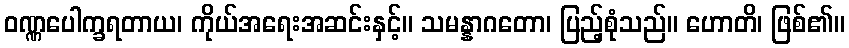
ဝဏ္ဏပေါက္ခရတာယ၊ ကိုယ်အရေးအဆင်းနှင့်။ သမန္နာဂတော၊ ပြည့်စုံသည်။ ဟောတိ၊ ဖြစ်၏။